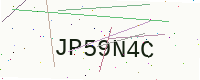
Text: JP59N4C